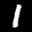
Label: 1